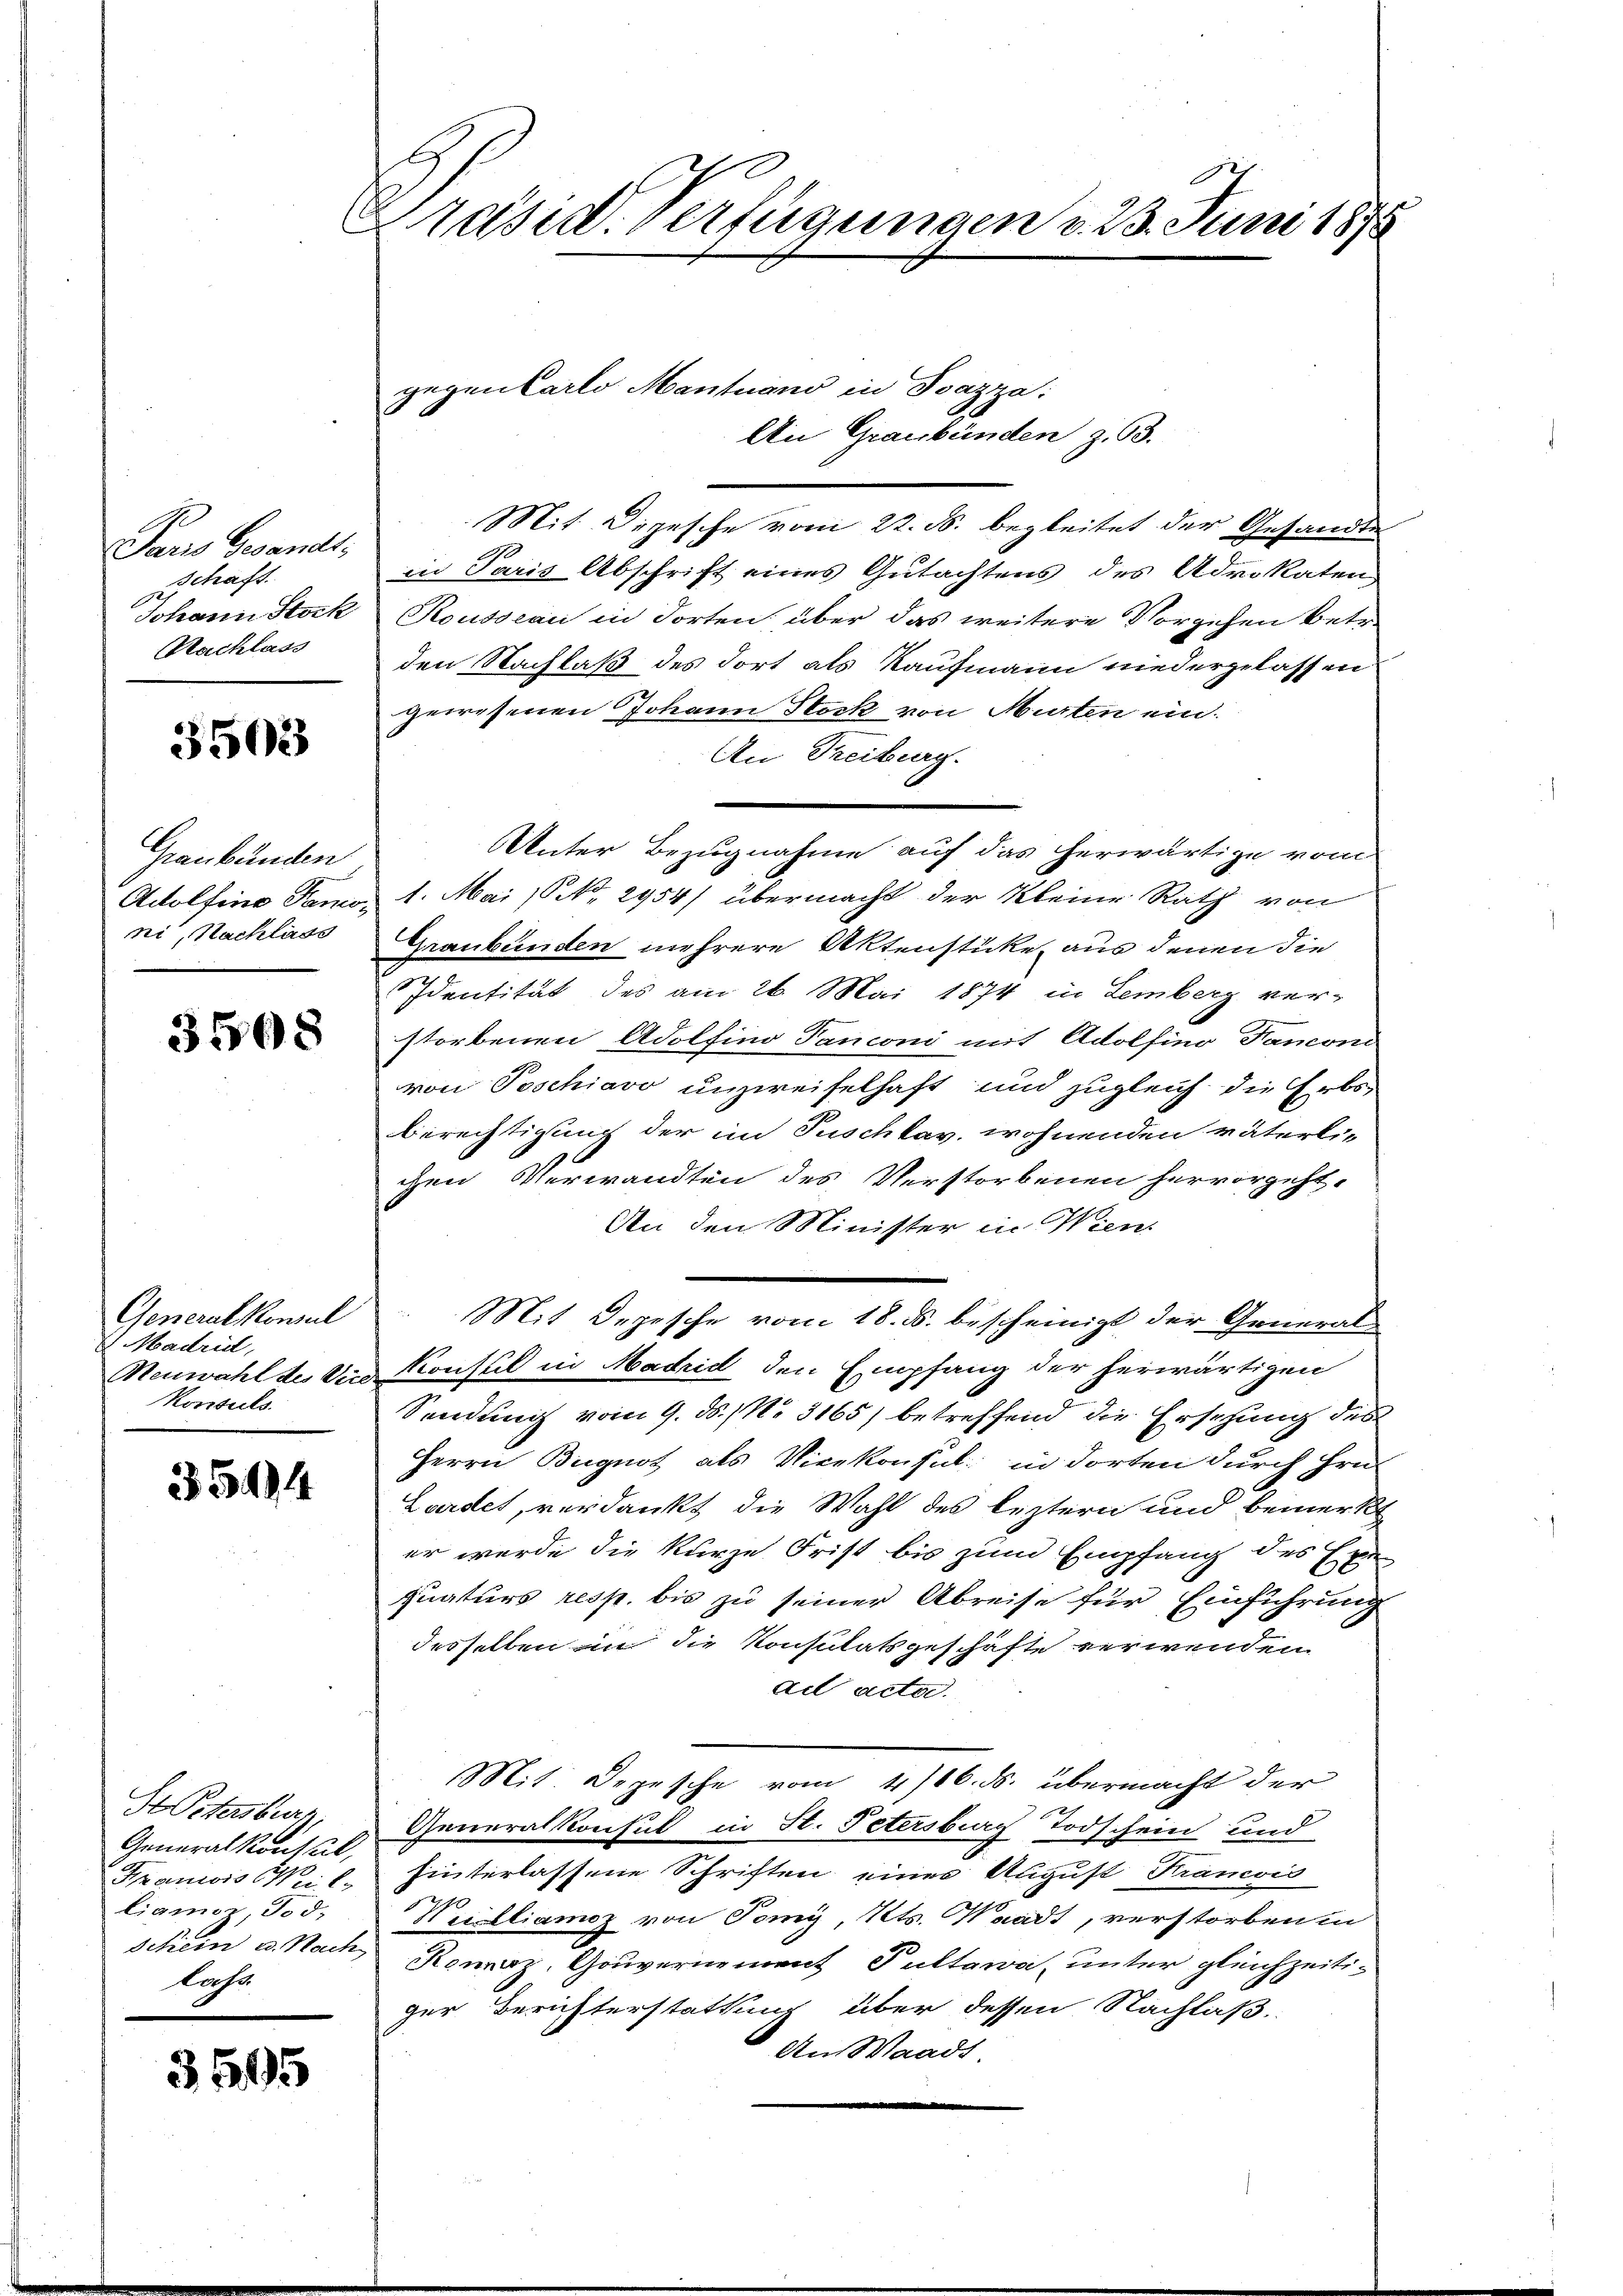
Paris Gesandt,
schaft.
Johann Stock
Nachlass

3502

Graubünden
Adolfino Tamoni, Nachläss

3568

Generalkonsul
 Madrid,
Meuwahl des Vie
Konsuls.

35494

St Petersburg
Generalkonstat
Graniis Weil-
liamiz, Tod,
Schrein u. Nach
lahn

3515

Präsid. Verfügungen v. 23. Juni 1875

gegen Carlo Mantuand in Soazza:

Mit Depesche vom 22. ds. begleitet der Gesandte
in Paris Abschrift eines Gutachtens des Advokaten
Rousseau in dorten über das weitere Vorgehen betr.
den Nachlaß des dort als Kaufmann niedergelassen
gewesenen Johann Stock von Murten ein.
An Freiburg.
1. Mai 18 No. 2954/ übermacht der Kleine Rath von
Graubünden mehrere Aktenstücke aus denen die
Identität des am 26. Mai 1874 in Lemberg ver-
storbenen Adolfino Panconi mit Adolfino Fanconi
von Poschiavo unzweifelhaft und zugleich die Erbs
Berechtigung der im Puschkav. wohnenden väterli-
chen Verwandten des Verstorbenen hervorgeht.
An den Minister in Wien.
Mit Depesche vom 18. ds. bescheinigt der General-
Konsul in Madrid den Empfang der herwärtigen
Sendung vom 9. ds. (N. 3165) betreffend die Ersehung des
Herrn Bugnot als Vicekonsul in dorten durch Hrn.
Lardet, verdankt die Wahl des leztern und bemerkt
er wurde die kurze Frist bis zum Empfang des Exe
quaturs resp. bis zu seiner Abreise für Einführung
derselben in die Konsulatsgeschäfte verwenden.
ad acta.
Mit Depesche vom 4/16. ds. übermacht der
Generalkonsul in St. Petersburg Todschein und
hinterlassene Schriften eines August Francois
Weilliamoz von Tomy, Kts. Waadt, verstorben in
Ranaz, Gouvernement Pultawa, unter gleichzeitiger Berichterstattung über dessen Nachlaß.
An Waadt

An Graubünden z. 63.

Unter Bezugnahme auf das herwärtige vom